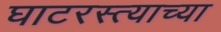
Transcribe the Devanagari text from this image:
घाटरस्त्याच्या